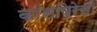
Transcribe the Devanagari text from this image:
कांसपिरेसी